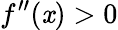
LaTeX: f^{\prime\prime}(\mathit{x})>0